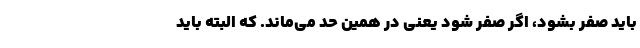
باید صفر بشود، اگر صفر شود یعنی در همین حد می‌ماند. که البته باید